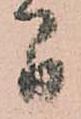
間